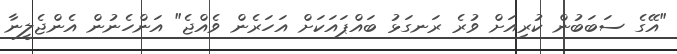
"އޭގެ ސަބަބުން ކުރިއަށް ވުރެ ރަނގަޅު ބައްޕައަކަށް އަހަރެން ވެއްޖެ" އަންހެނުން އެންޖެލީނާ